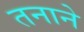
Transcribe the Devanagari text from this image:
तनाने